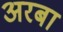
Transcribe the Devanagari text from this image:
अरबा